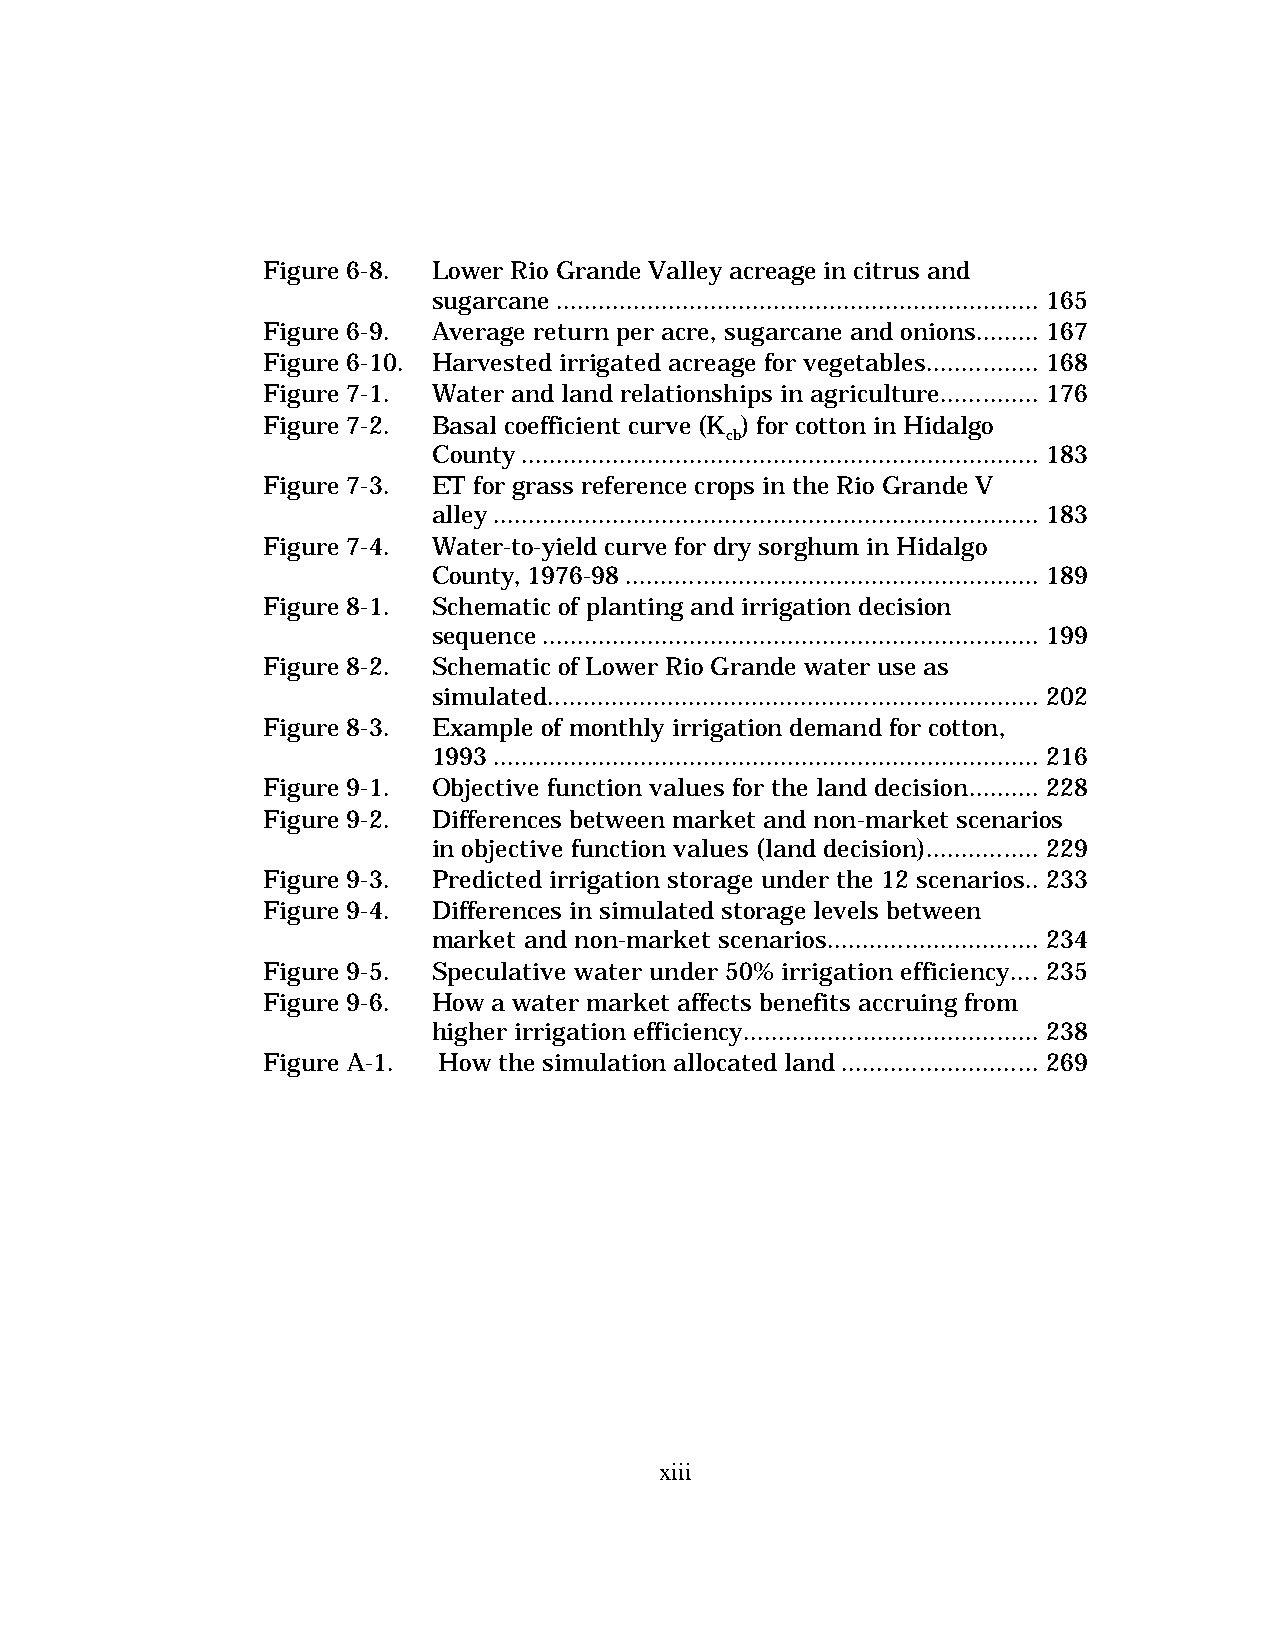
Figure 6-8. Lower Rio Grande Valley acreage in citrus and
 sugarcane ..................................................................... 165
 Figure 6-9. Average return per acre, sugarcane and onions......... 167
 Figure 6-10. Harvested irrigated acreage for vegetables................ 168
 Figure 7-1. Water and land relationships in agriculture.............. 176
 Figure 7-2. Basal coefficient curve (K ) for cotton in Hidalgo
 cb
 County.......................................................................... 183
 Figure 7-3. ET for grass reference crops in the Rio Grande V
 alley .............................................................................. 183
 Figure 7-4. Water-to-yield curve for dry sorghum in Hidalgo
 County, 1976-98 ........................................................... 189
 Figure 8-1. Schematic of planting and irrigation decision
 sequence....................................................................... 199
 Figure 8-2. Schematic of Lower Rio Grande water use as
 simulated...................................................................... 202
 Figure 8-3. Example of monthly irrigation demand for cotton,
 1993 .............................................................................. 216
 Figure 9-1. Objective function values for the land decision.......... 228
 Figure 9-2. Differences between market and non-market scenarios
 in objective function values (land decision)................ 229
 Figure 9-3. Predicted irrigation storage under the 12 scenarios.. 233
 Figure 9-4. Differences in simulated storage levels between
 market and non-market scenarios.............................. 234
 Figure 9-5. Speculative water under 50% irrigation efficiency.... 235
 Figure 9-6. How a water market affects benefits accruing from
 higher irrigation efficiency.......................................... 238
 Figure A-1. How the simulation allocated land............................ 269
 xiii